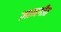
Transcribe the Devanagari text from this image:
ज्ञानगीत